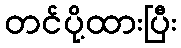
တင်ပို့ထားပြီး